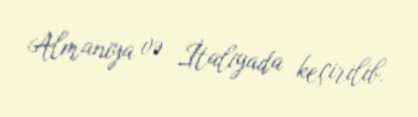
Almaniya və İtaliyada keçirilib.